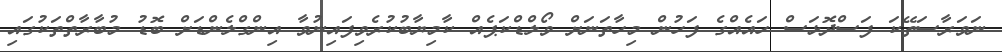
ނަވަރާސަތޭކަ ފަސްދޮޅަސް ހައެއްގެ ފަހުން މިހާތަނަށް ވޯލްޑްކަޕެއް ކާމިޔާބުކުރެވިފައިނުވާ އިންގްލެންޑަށް ބޮޑު މުބާރާތްތަކުގައި